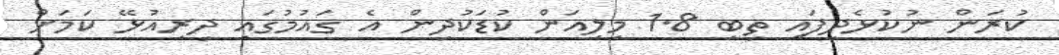
ކުރަން ނުކުޅެދިފައި ތިބި 1.8 މިލިއަން ކުޑަކުދިން އެ ގައުމުގައި ދިރިއުޅޭ ކަމަށް